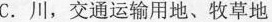
C.川，交通运输用地、牧草地